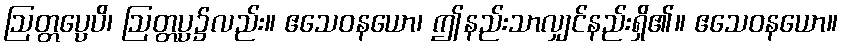
ဩတ္တပ္ပေပိ၊ ဩတ္တပ္ပ၌လည်း။ ဧသေဝနယော၊ ဤနည်းသာလျှင်နည်းရှိ၏။ ဧသေဝနယော။